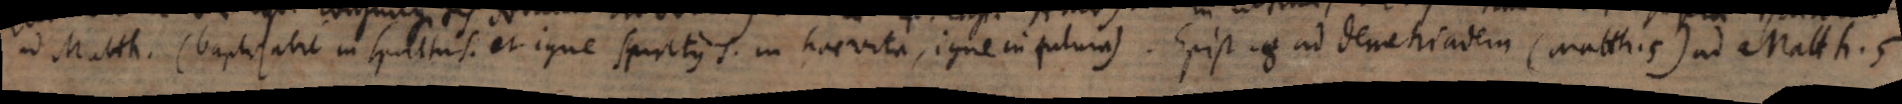
ad Matth. (baptizabit in spiritu S. et igne. Spiritus S. in hac vita, igne in futura). Epist. 8. ad Demetriadem (Matth. 5.), ad Matth. 5.